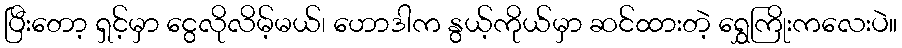
ပြီးတော့ ရှင့်မှာ ငွေလိုလိမ့်မယ်၊ ဟောဒါက နွယ့်ကိုယ်မှာ ဆင်ထားတဲ့ ရွှေကြိုးကလေးပဲ။